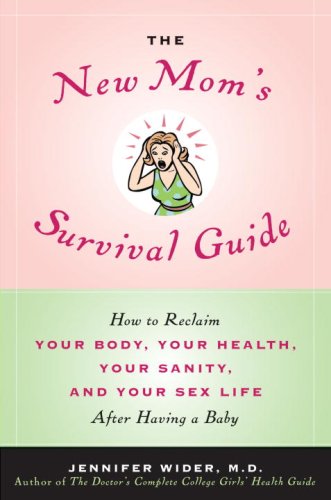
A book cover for The New Mom's Survival Guide: How to Reclaim Your Body, Your Health, Your Sanity, and Your Sex Life After Having a Baby; Jennifer Wider M.D.; Health, Fitness & Dieting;